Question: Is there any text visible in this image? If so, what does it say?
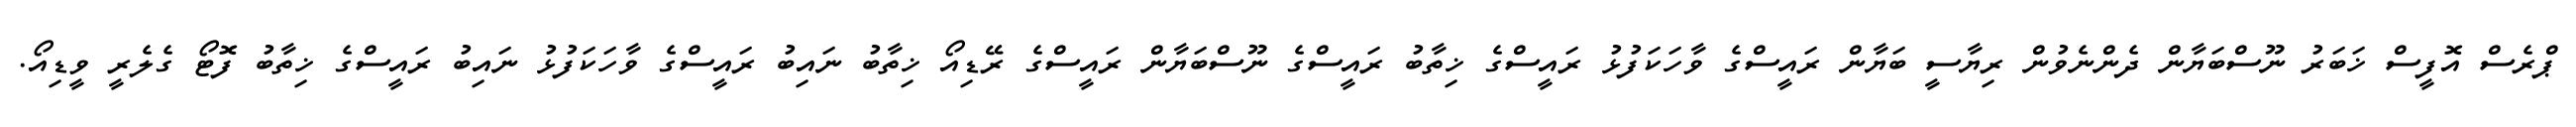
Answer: ޕްރެސް އޮފީސް ޚަބަރު ނޫސްބަޔާން ދެންނެވުން ރިޔާސީ ބަޔާން ރައީސްގެ ވާހަކަފުޅު ރައީސްގެ ޚިތާބު ރައީސްގެ ނޫސްބަޔާން ރައީސްގެ ރޭޑިއޯ ޚިތާބު ނައިބު ރައީސްގެ ވާހަކަފުޅު ނައިބު ރައީސްގެ ޚިތާބު ފޮޓޯ ގެލެރީ ވީޑިއޯ.